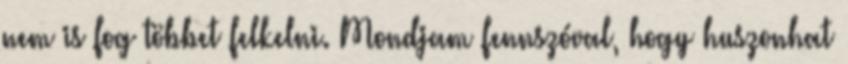
nem is fog többet felkelni. Mondjam fennszóval, hogy huszonhat